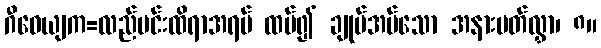
ဂီဝေယျက=လည်ပင်းထိရာအရပ် ထပ်၍ ချုပ်အပ်သော အနားပတ်လွှာ၊ ၈။